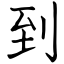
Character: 到